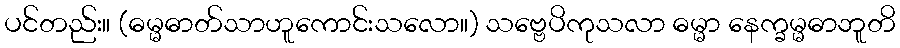
ပင်တည်း။ (ဓမ္မဓာတ်သာဟူကောင်းသလော။) သဗ္ဗေပိကုသလာ ဓမ္မာ နေက္ခမ္မဓာဘူတိ